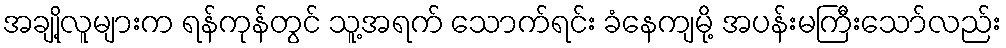
အချို့လူများက ရန်ကုန်တွင် သူ့အရက် သောက်ရင်း ခံနေကျမို့ အပန်းမကြီးသော်လည်း